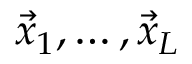
\vec { x } _ { 1 } , \ldots , \vec { x } _ { L }